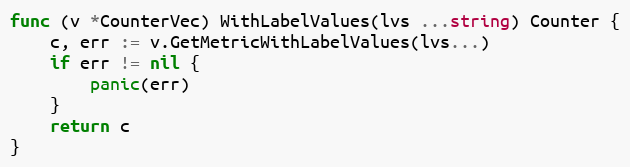
Language: Go
func (v *CounterVec) WithLabelValues(lvs ...string) Counter {
	c, err := v.GetMetricWithLabelValues(lvs...)
	if err != nil {
		panic(err)
	}
	return c
}